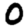
Digit: 0